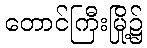
တောင်ကြီးမြို့၌